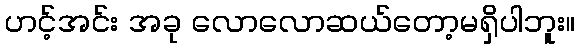
ဟင့်အင်း အခု လောလောဆယ်တော့မရှိပါဘူး။